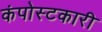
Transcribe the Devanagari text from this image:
कंपोस्टकारी